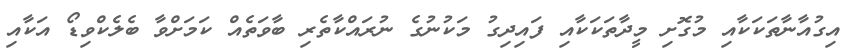
އިގުއާނާތަކަކާއި މުގޮށި މީދާތަކަކާއި ފައިދިގު މަކުނުގެ ނުރައްކާތެރި ބާވަތެއް ކަމަށްވާ ބެލެކްވިޑޯ އަކާއި